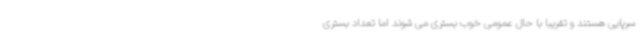
سرپایی هستند و تقریبا با حال عمومی خوب بستری می شوند اما تعداد بستری